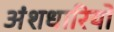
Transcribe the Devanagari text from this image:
अंशधारियो